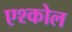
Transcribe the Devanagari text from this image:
एश्कोल